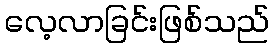
လေ့လာခြင်းဖြစ်သည်